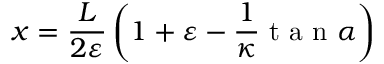
x = \frac { L } { 2 \varepsilon } \left( { 1 + \varepsilon - \frac { 1 } { \kappa } \mathrm { ~ t ~ a ~ n ~ } \alpha } \right)